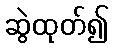
ဆွဲထုတ်၍